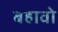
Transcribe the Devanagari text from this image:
बहावो